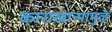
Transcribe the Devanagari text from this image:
काराखान्यामुळे